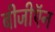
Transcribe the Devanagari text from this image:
बीजीऍन